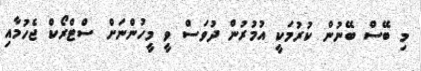
މި ބޭސް ބޭނުން ކުރުމަކީ އުމުރުން ދުވަސް ވީ މީހުންނަށް ސްޓްރޯކް ޖެހުމާއި